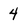
Character: 4